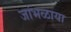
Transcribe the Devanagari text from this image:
जांभळाया